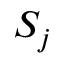
S _ { j }